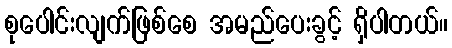
စုပေါင်းလျက်ဖြစ်စေ အမည်ပေးခွင့် ရှိပါတယ်။